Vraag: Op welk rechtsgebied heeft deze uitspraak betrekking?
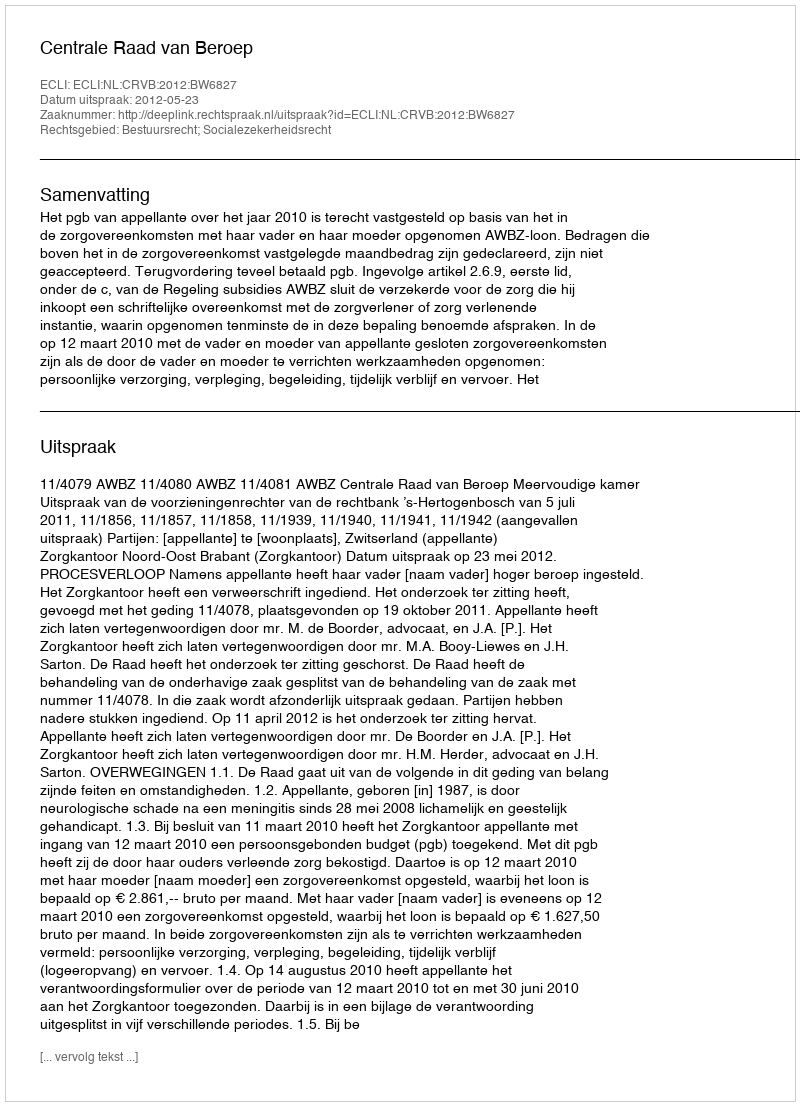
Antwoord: Bestuursrecht; Socialezekerheidsrecht